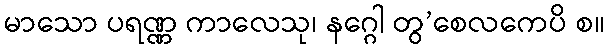
မာသော ပရဏ္ဏ ကာလေသု၊ နဂ္ဂေါ တွ’စေလကေပိ စ။